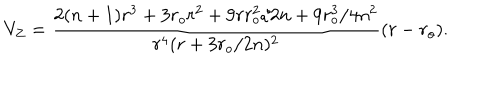
LaTeX: V _ { Z } = { \frac { 2 ( n + 1 ) r ^ { 3 } + 3 r _ { o } r ^ { 2 } + 9 r r _ { o } ^ { 2 } / 2 n + 9 r _ { o } ^ { 3 } / 4 n ^ { 2 } } { r ^ { 4 } ( r + 3 r _ { o } / 2 n ) ^ { 2 } } } ( r - r _ { o } ) .